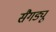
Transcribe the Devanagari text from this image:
सैगड्यू